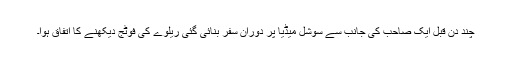
چند دن قبل ایک صاحب کی جانب سے سوشل میڈیا پر دوران سفر بنائی گئی ریلوے کی فوٹج دیکھنے کا اتفاق ہوا۔